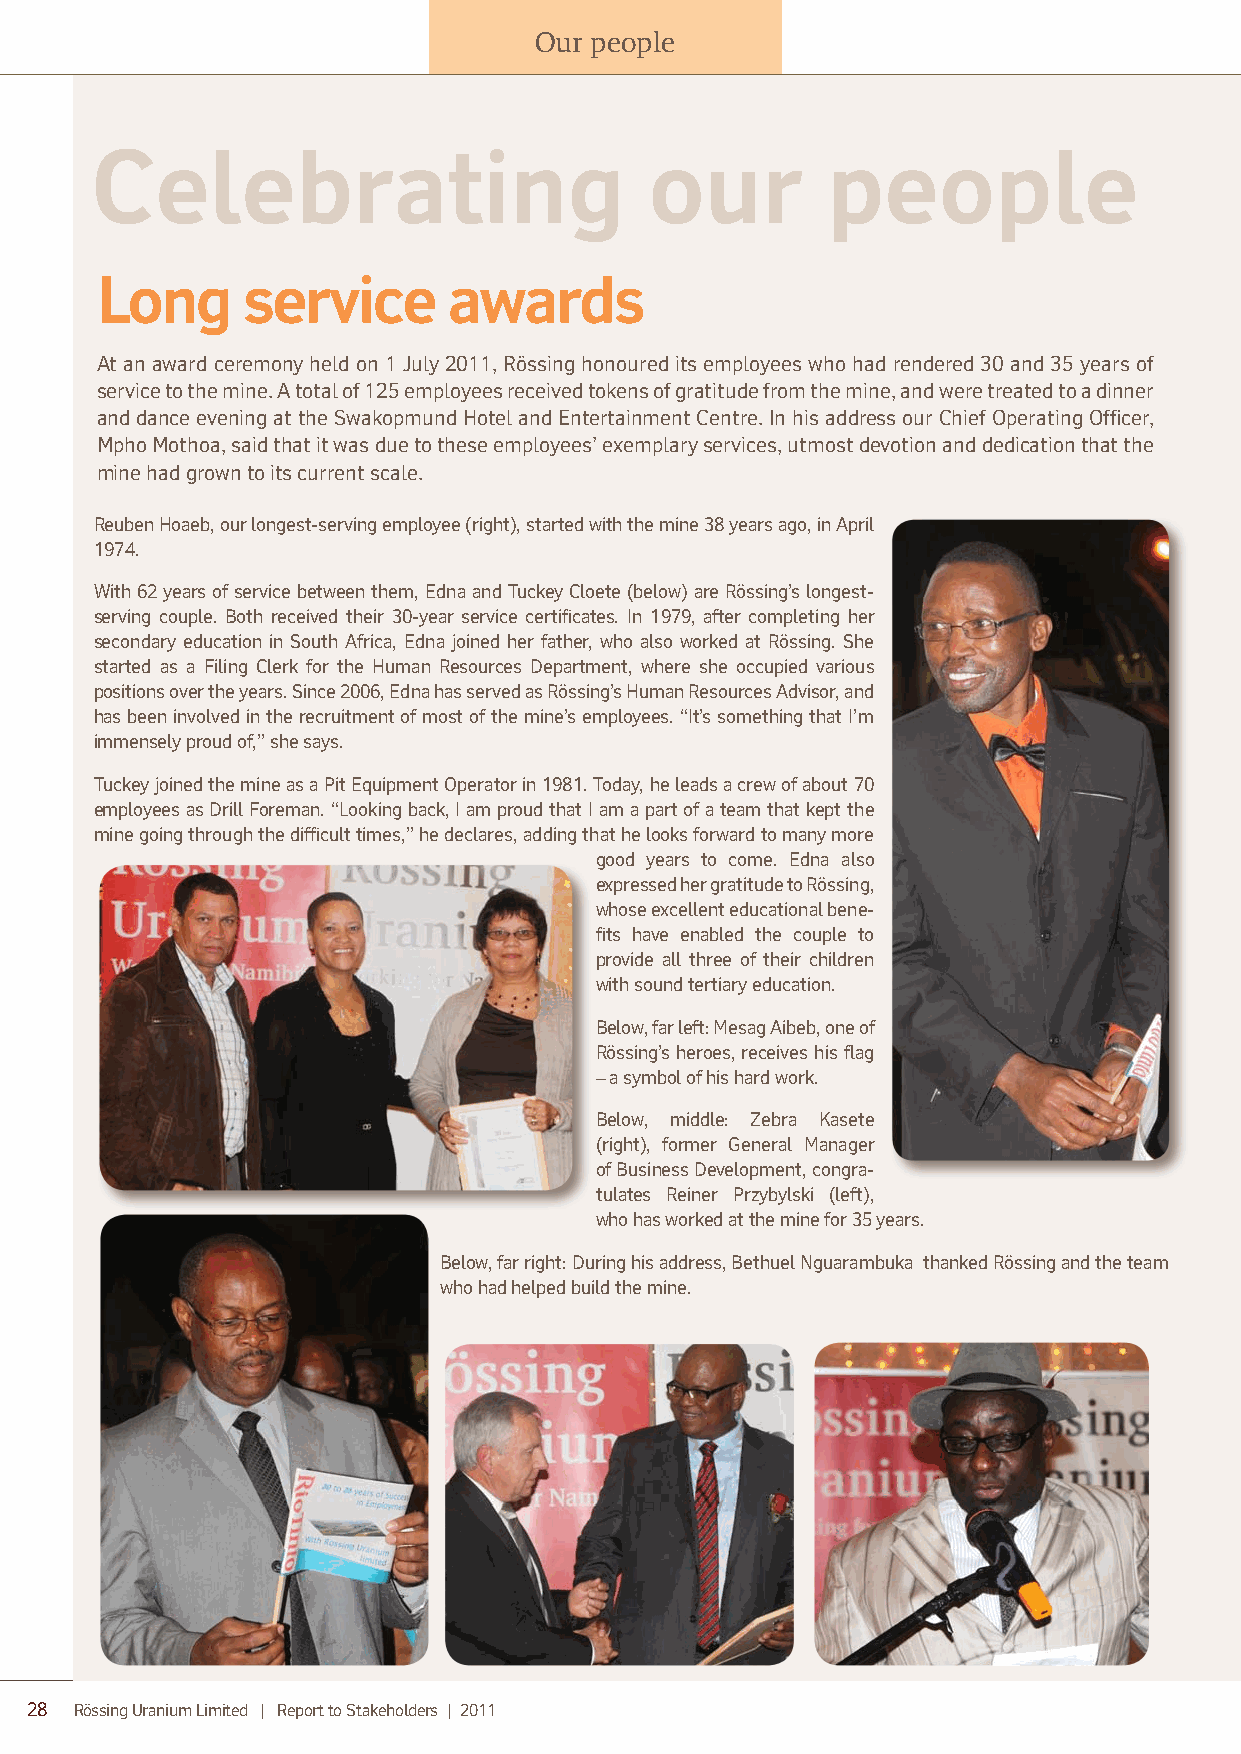
Our people
 Celebrating                          our         people
 Long      service       awards
 At an award ceremony held on 1 July 2011, Rössing honoured its employees who had rendered 30 and 35 years of
 service to the mine. A total of 125 employees received tokens of gratitude from the mine, and were treated to a dinner
 and dance evening at the Swakopmund Hotel and Entertainment Centre. In his address our Chief Operating Officer,
 Mpho Mothoa, said that it was due to these employees’ exemplary services, utmost devotion and dedication that the
 mine had grown to its current scale.
 Reuben Hoaeb, our longest-serving employee (right), started with the mine 38 years ago, in April
 1974.
 With 62 years of service between them, Edna and Tuckey Cloete (below) are Rössing’s longest-
 serving couple. Both received their 30-year service certificates. In 1979, after completing her
 secondary education in South Africa, Edna joined her father, who also worked at Rössing. She
 started as a Filing Clerk for the Human Resources Department, where she occupied various
 positions over the years. Since 2006, Edna has served as Rössing’s Human Resources Advisor, and
 has been involved in the recruitment of most of the mine’s employees. “It’s something that I’m
 immensely proud of,” she says.
 Tuckey joined the mine as a Pit Equipment Operator in 1981. Today, he leads a crew of about 70
 employees as Drill Foreman. “Looking back, I am proud that I am a part of a team that kept the
 mine going through the difficult times,” he declares, adding that he looks forward to many more
 good years to come. Edna also
 expressed her gratitude to Rössing,
 whose excellent educational bene-
 fits have enabled the couple to
 provide all three of their children
 with sound tertiary education.
 Below, far left: Mesag Aibeb, one of
 Rössing’s heroes, receives his flag
 – a symbol of his hard work.
 Below, middle: Zebra Kasete
 (right), former General Manager
 of Busin ess Development, congra-
 tulates Reiner Przybylski (left),
 who has worked at the mine for 35 years.
 Below, far right: During his address, Bethuel Nguarambuka thanked Rössing and the team
 who had helped build the mine.
 28 Rössing Uranium Limited | Report to Stakeholders | 2011